Leaving Certificate Examination, 1922
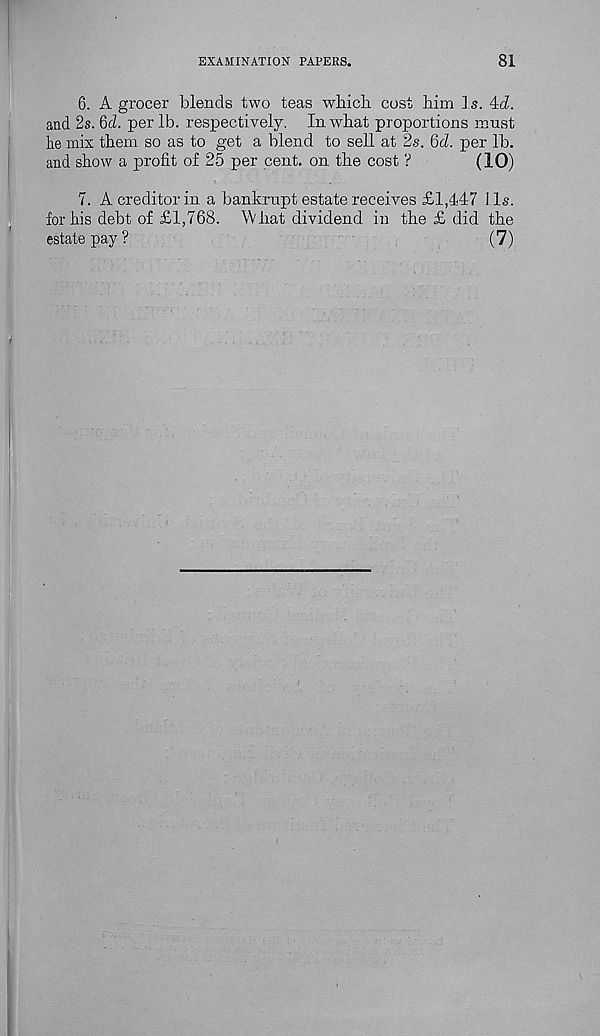
EXAMINATION PAPERS.
81
6. A grocer blends two teas which cost him Is. 4cL
and 2s. Qd. per lb. respectively. In what proportions must
lie mix them so as to get a blend to sell at 2s. 6d. per lb.
and show a profit of 25 per cent, on the cost ?
(10)
7. A creditor in a bankrupt estate receives £1,447 Us.
for his debt of £1,768. What dividend in the £ did the
estate pay ?
(7)